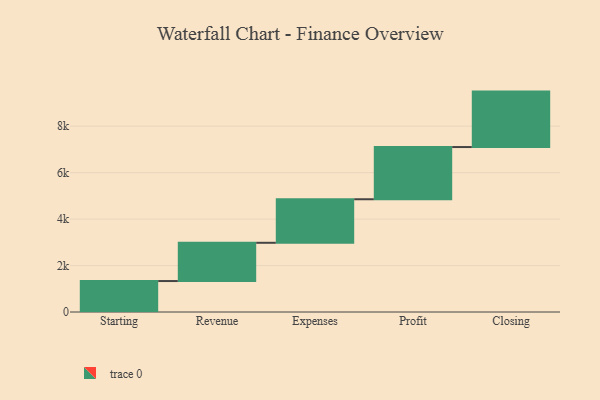
{"axis": {"x": "Step", "y": "Value"}, "legend": [""], "data": [{"x": "Starting", "y": 1333.0, "type": ""}, {"x": "Revenue", "y": 1647.0, "type": ""}, {"x": "Expenses", "y": 1875.0, "type": ""}, {"x": "Profit", "y": 2248.0, "type": ""}, {"x": "Closing", "y": 2387.0, "type": ""}]}